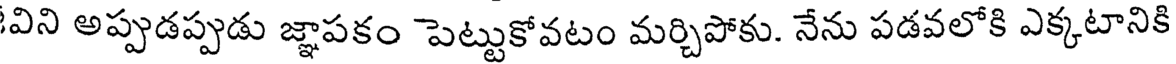
విని అప్పుడప్పుడు జ్ఞాపకం పెట్టుకోవటం మర్చిపోకు. నేను పడవలోకి ఎక్కటానికి